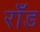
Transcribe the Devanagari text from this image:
राँड